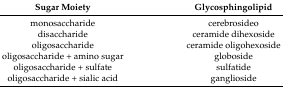
| Sugar Moiety | Glycosphingolipid |
 | --- | --- |
 | monosaccharide | cerebrosideo |
 | disaccharide | ceramide dihexoside |
 | oligosaccharide | ceramide oligohexoside |
 | oligosaccharide + amino sugar | globoside |
 | oligosaccharide + sulfate | sulfatide |
 | oligosaccharide + sialic acid | ganglioside |